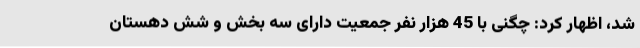
شد، اظهار کرد: چگنی با 45 هزار نفر جمعیت دارای سه بخش و شش دهستان